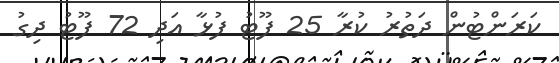
ކަރަންޓުން ދަތުރު ކުރާ 25 ފޫޓު ފުޅާ އަދި 72 ފޫޓު ދިގު